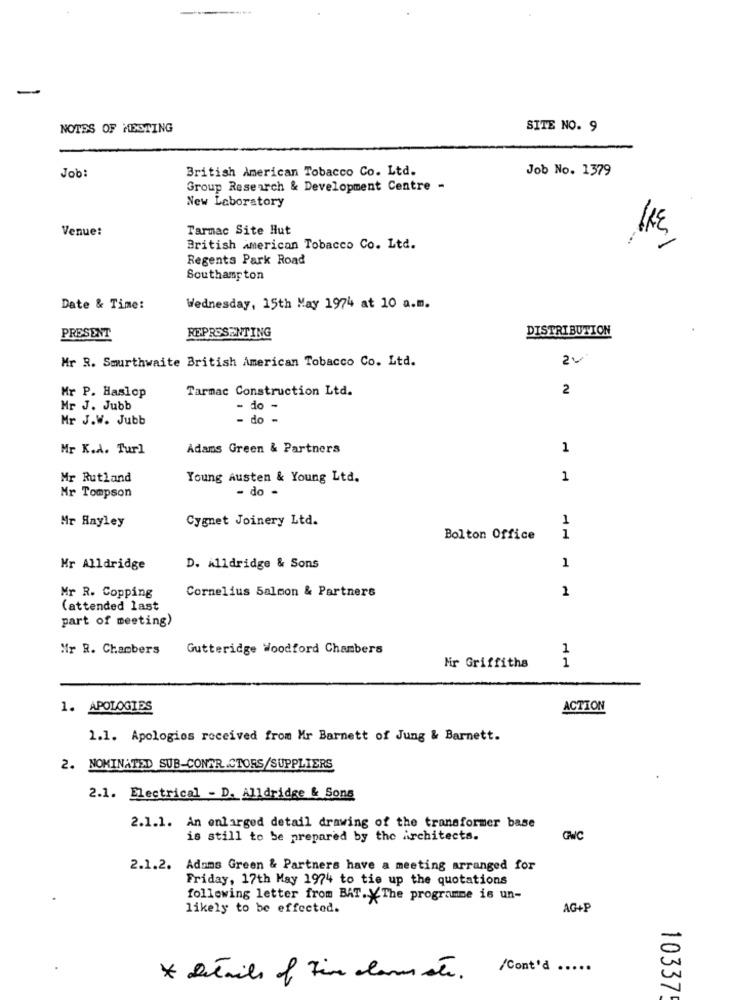
NOTES OF MESTING
SITE NO. 9
British American Tobacco Co. Ltd.
Job No. 1379
Job:
Group Research & Development Centre -
New Laboratory
Venue:
Tarmac Site Hut
British american Tobacco Co. Ltd.
Regents Park Road
Southampton
Date & Time:
Wednesday, 15th May 1974 at 10 a.m.
DISTRIBUTION
PRESENT
REPRESENTING
Mr R. Smurthwaite British American Tobacco Co. Ltd.
Tarmac Construction Ltd.
2
Mr P. Haslop
Mr J. Jubb
- do -
Mr J.W. Jubb
- do -
Mr K.d. Turl
Adams Green & Partners
1
Mr Rutland
Young Austen & Young Ltd.
1
- do -
Mr Tompson
Cygnet Joinery Ltd.
1
Mr Hayley
Bolton Office
1
Mr Alldridge
D. Alldridge & Sons
1
Cornelius Salmon & Partners
1
Mr R. Copping
(attended last
part of meeting)
Mr R. Chambers
Gutteridge Woodford Chambers
1
Mr Griffiths
1
1. APOLOGIES
ACTION
1.1. Apologies received from Mr Barnett of Jung & Barnett.
2. NOMINATED SUB-CONTR.CTORS/SUPPLIERS
2.1. Electrical - D. Alldridge & Sons
2.1.1. An enlarged detail drawing of the transformer base
is still to be prepared by the architects.
GNC
2.1.2. Adams Green & Partners have a meeting arranged for
Friday, 17th May 1974 to tie up the quotations
following letter from BAT. Y.The programme is un-
likely to be effected.
AG+P
.
/Cont'd
.....
* détails of Fin can ste.
10337